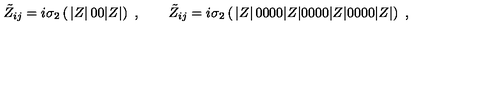
\tilde { Z } _ { i j } = i \sigma _ { 2 } \left( \begin{matrix} { | Z | } & { 0 } \\ { 0 } & { | Z | } \\ \end{matrix} \right) \ , \qquad \tilde { Z } _ { i j } = i \sigma _ { 2 } \left( \begin{matrix} { | Z | } & { 0 } & { 0 } & { 0 } \\ { 0 } & { | Z | } & { 0 } & { 0 } \\ { 0 } & { 0 } & { | Z | } & { 0 } \\ { 0 } & { 0 } & { 0 } & { | Z | } \\ \end{matrix} \right) \ ,